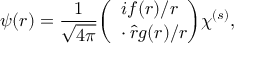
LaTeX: \psi ( r ) = { \frac { 1 } { \sqrt { 4 \pi } } } { \binom { i f ( r ) / r } { { \bf \sigma } \cdot \hat { r } { g ( r ) / r } } } \chi ^ { ( s ) } ,